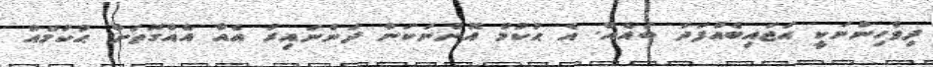
ދިވެހިންނަކީ އަޖައިބެެއްފަދަ ބައެއް. އެ ޙުކުމް އޮންނަކަން ދަންނައިރު އެއާ އެއްގޮތަށް ޙުކުމެއް